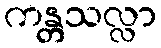
ကန္တသလ္လာ